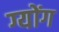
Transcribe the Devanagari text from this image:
ग्योंग